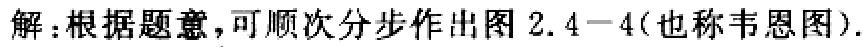
解：根据题意，可顺次分步作出图 2.4−4(也称韦恩图).